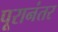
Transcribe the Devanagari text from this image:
पूरानंतर